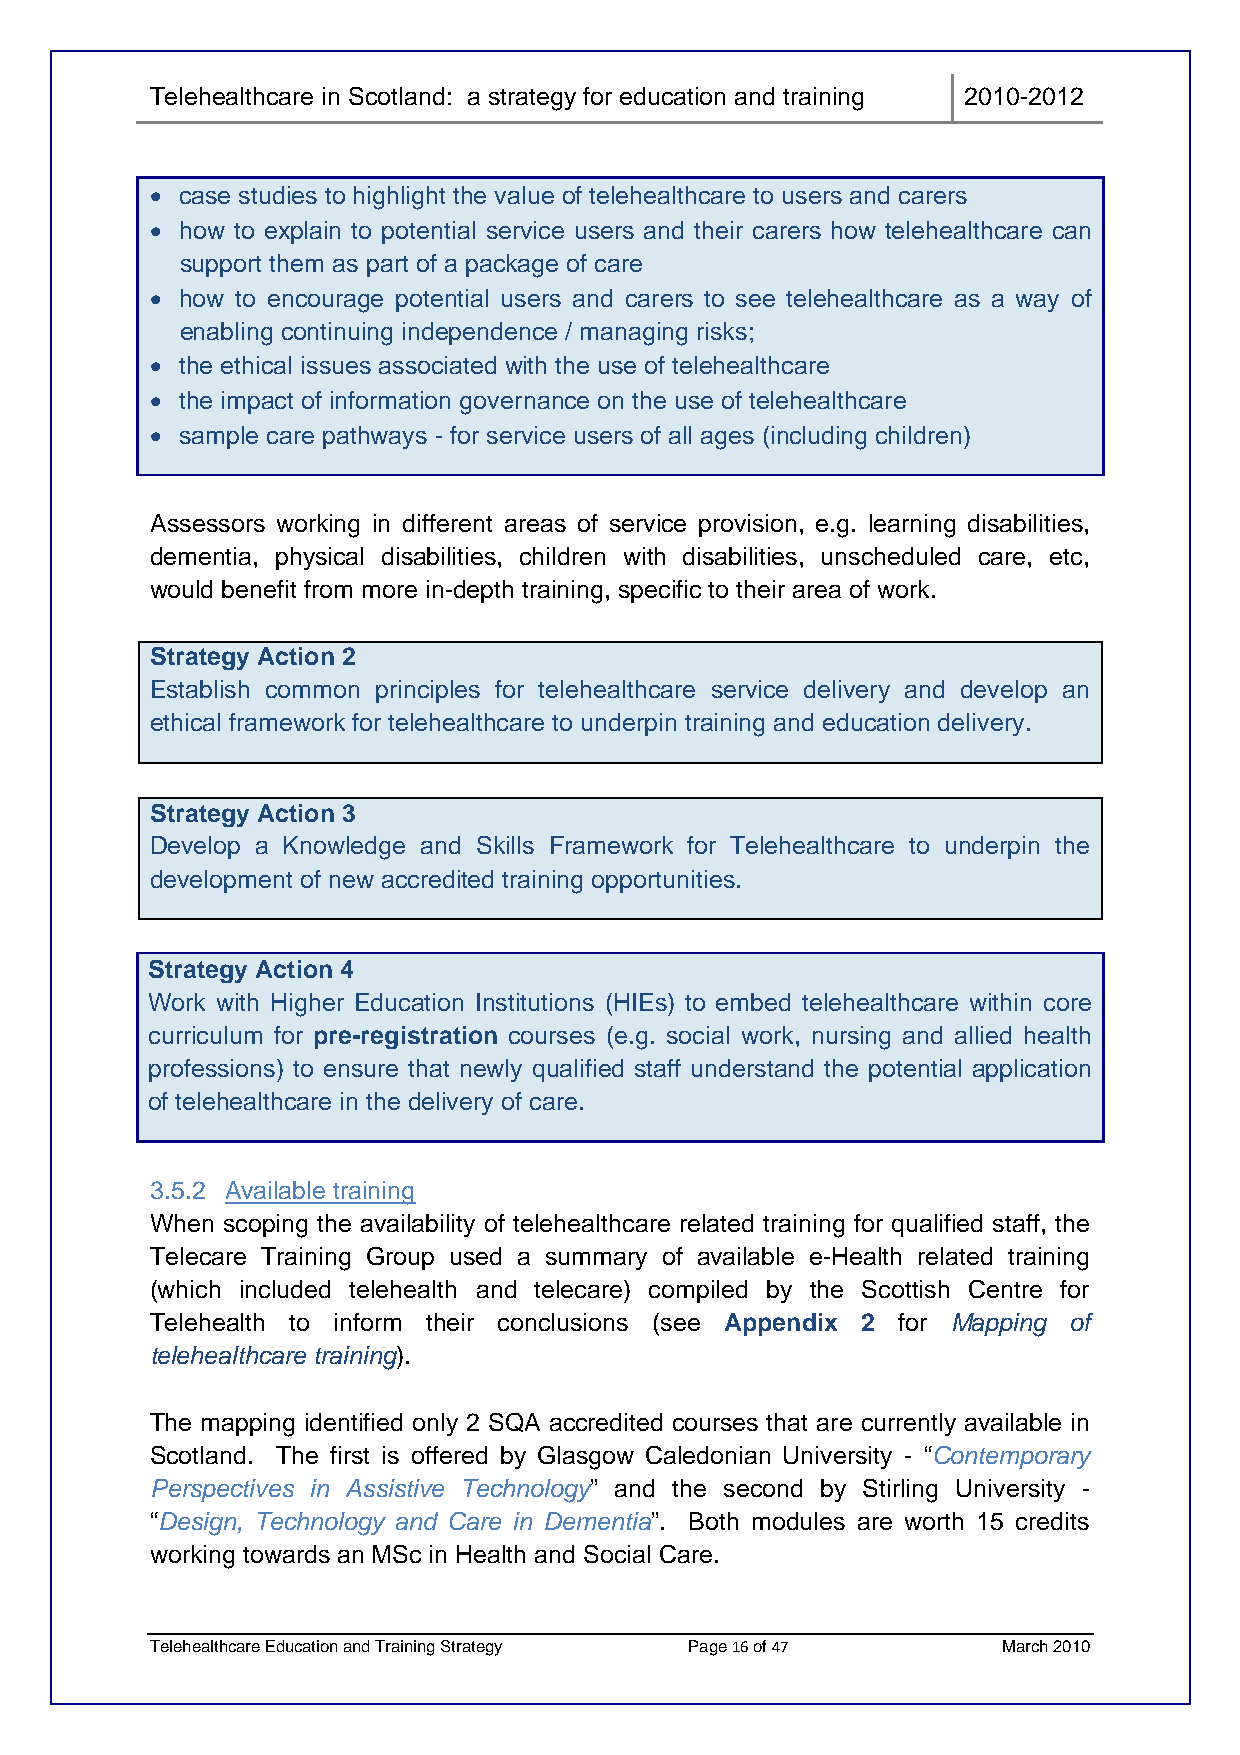
Telehealthcare in Scotland: a strategy for education and training 2010-2012
 • case studies to highlight the value of telehealthcare to users and carers
 • how to explain to potential service users and their carers how telehealthcare can
 support them as part of a package of care
 • how to encourage potential users and carers to see telehealthcare as a way of
 enabling continuing independence / managing risks;
 • the ethical issues associated with the use of telehealthcare
 • the impact of information governance on the use of telehealthcare
 • sample care pathways - for service users of all ages (including children)
 Assessors working in different areas of service provision, e.g. learning disabilities,
 dementia, physical disabilities, children with disabilities, unscheduled care, etc,
 would benefit from more in-depth training, specific to their area of work.
 Strategy Action 2
 Establish common principles for telehealthcare service delivery and develop an
 ethical framework for telehealthcare to underpin training and education delivery.
 Strategy Action 3
 Develop a Knowledge and Skills Framework for Telehealthcare to underpin the
 development of new accredited training opportunities.
 Strategy Action 4
 Work with Higher Education Institutions (HIEs) to embed telehealthcare within core
 curriculum for pre-registration courses (e.g. social work, nursing and allied health
 professions) to ensure that newly qualified staff understand the potential application
 of telehealthcare in the delivery of care.
 3.5.2 Available training
 When scoping the availability of telehealthcare related training for qualified staff, the
 Telecare Training Group used a summary of available e-Health related training
 (which included telehealth and telecare) compiled by the Scottish Centre for
 Telehealth to inform their conclusions (see Appendix 2 for Mapping of
 telehealthcare training).
 The mapping identified only 2 SQA accredited courses that are currently available in
 Scotland. The first is offered by Glasgow Caledonian University - “Contemporary
 Perspectives in Assistive Technology” and the second by Stirling University -
 “Design, Technology and Care in Dementia”. Both modules are worth 15 credits
 working towards an MSc in Health and Social Care.
 Telehealthcare Education and Training Strategy Page 16 of 47 March 2010